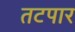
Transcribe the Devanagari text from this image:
तटपार